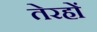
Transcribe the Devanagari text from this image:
तेरहों